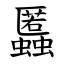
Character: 䘌